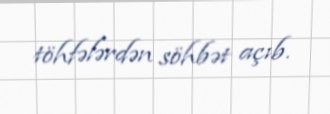
töhfələrdən söhbət açıb.